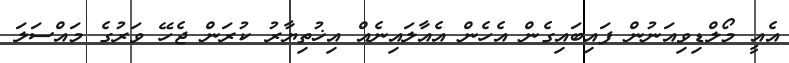
އެއީ މޯލްޑިވިއަނުން ފައިބައިގެން އެހެން އެއާލައިނެއް އިޚުތިޔާރު ކުރަން ޖެހޭ ވަރުގެ މައްސަލަ